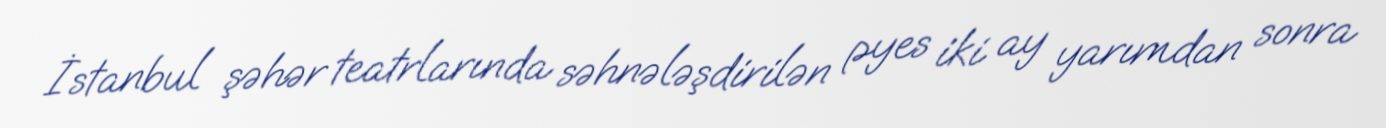
İstanbul şəhər teatrlarında səhnələşdirilən pyes iki ay yarımdan sonra